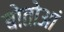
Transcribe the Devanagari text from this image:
बोतोआं